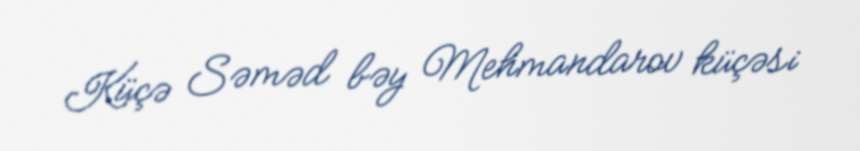
Küçə Səməd bəy Mehmandarov küçəsi